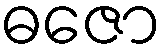
ဓဇော